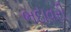
ભદાવરી